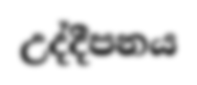
උද්දීපනය